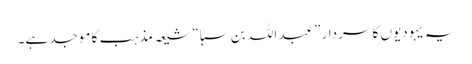
یہ یہودیوں کا سردار ”عبد اللہ بن سبا“ شیعہ مذہب کا موجد ہے۔